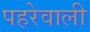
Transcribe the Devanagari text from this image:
पहरेवाली